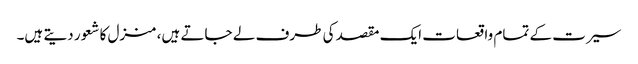
سیرت کے تمام واقعات ایک مقصد کی طرف لے جاتے ہیں، منزل کا شعور دیتے ہیں۔